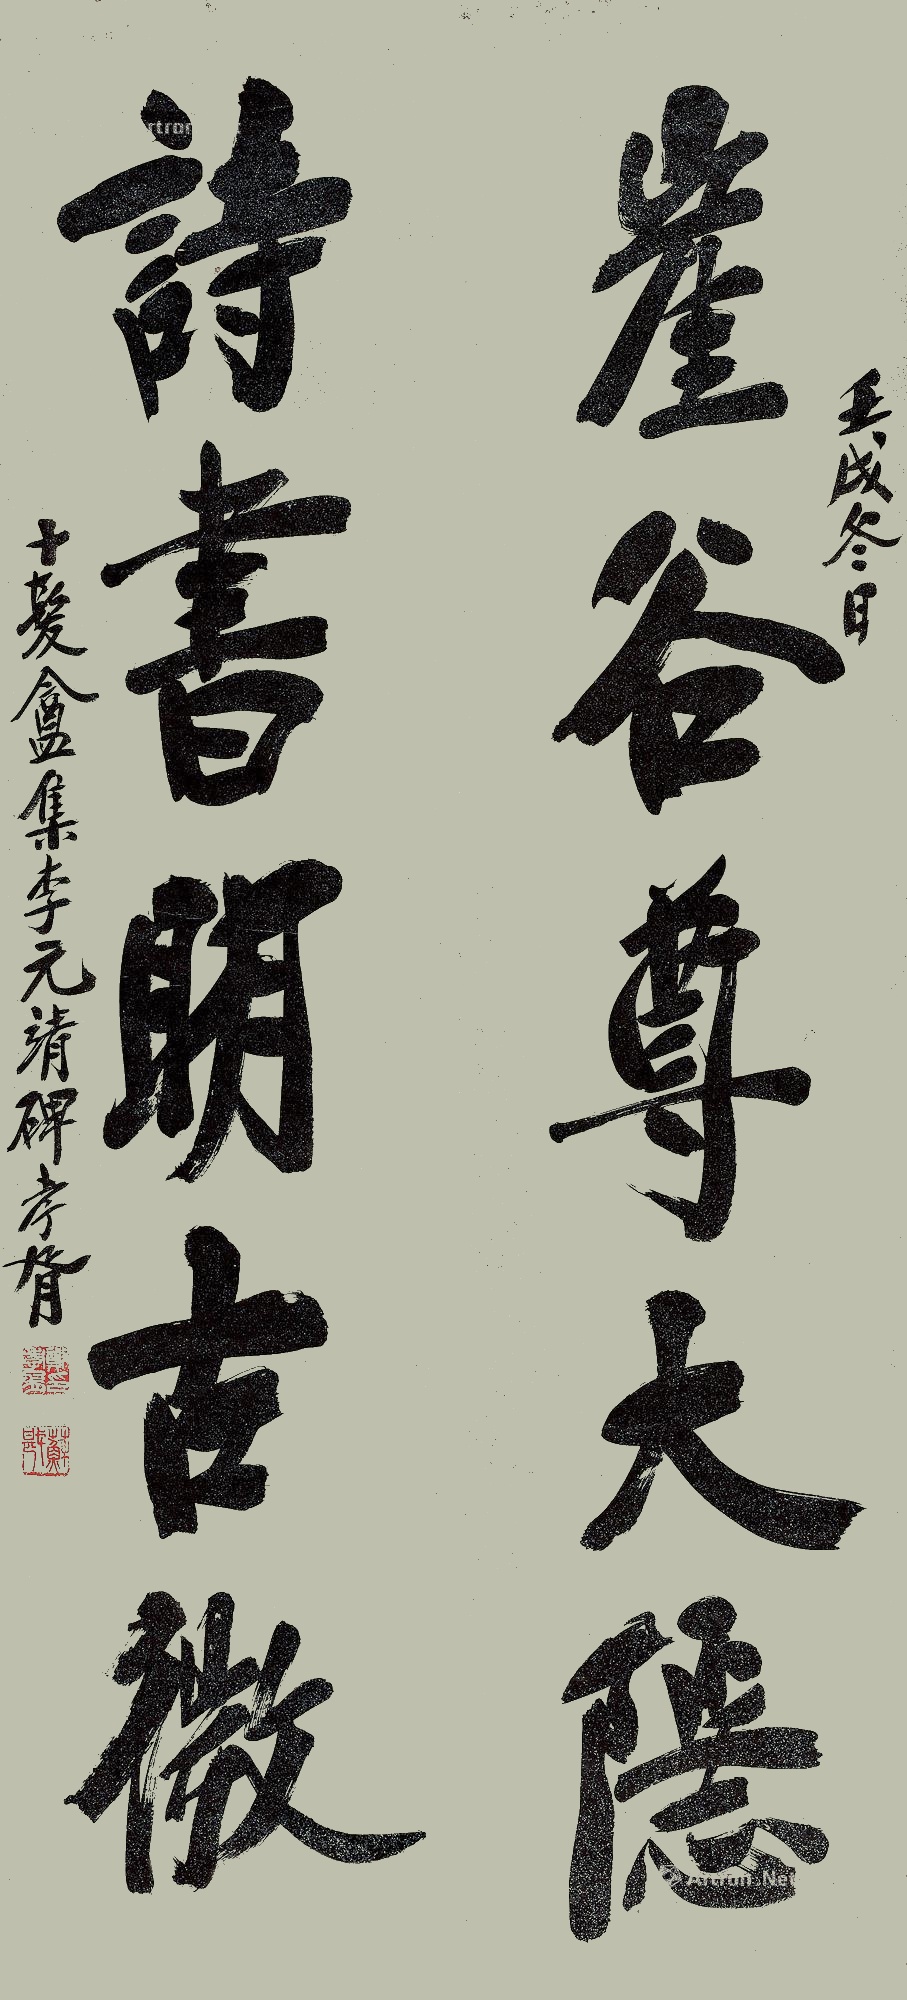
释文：崔谷尊大隐，诗书阴古微。壬戌冬日，十髪盦集《李元靖》碑。孝胥。